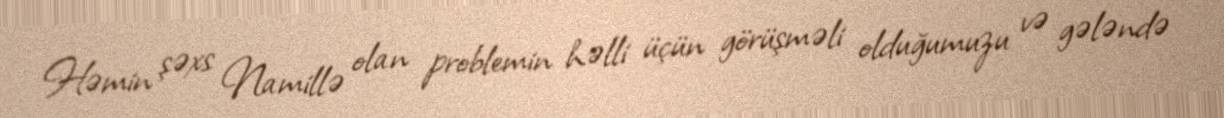
Həmin şəxs Namillə olan problemin həlli üçün görüşməli olduğumuzu və gələndə